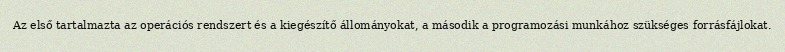
Az első tartalmazta az operációs rendszert és a kiegészítő állományokat, a második a programozási munkához szükséges forrásfájlokat.